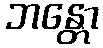
ဘန္တော